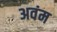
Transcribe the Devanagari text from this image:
अवंम